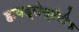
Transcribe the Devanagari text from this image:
हायड्रोस्टॅटीक